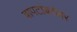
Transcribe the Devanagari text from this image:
बापटांबरोबर